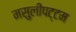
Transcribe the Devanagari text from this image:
मसुलीपट्टम